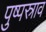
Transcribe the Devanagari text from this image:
पुष्पस्राव